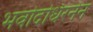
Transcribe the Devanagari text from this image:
भवोदधिरनेन